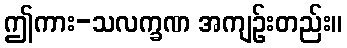
ဤကား-သလက္ခဏ အကျဉ်းတည်း။